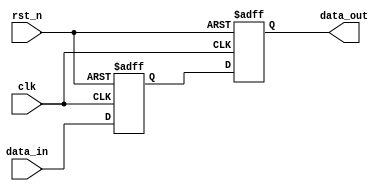
module example_sequential_logic (
    input wire clk,          // Clock input
    input wire rst_n,       // Active-low reset input
    input wire [7:0] data_in, // 8-bit input data
    output reg [7:0] data_out // 8-bit output data
);

// State variable
reg [7:0] state;

// Sequential logic block
always @(posedge clk or negedge rst_n) begin
    if (!rst_n) begin
        // Reset condition
        state <= 8'b0;      // Initialize state to 0
        data_out <= 8'b0;   // Initialize output to 0
    end else begin
        // Update state and output on clock edge
        state <= data_in;    // Update state with input data
        data_out <= state;    // Output the current state
    end
end

endmodule